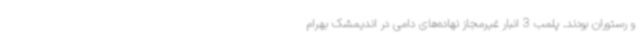
و رستوران بودند. پلمب 3 انبار غیرمجاز نهاده‌های دامی در اندیمشک بهرام